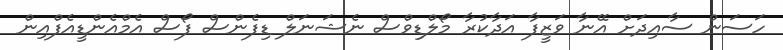
ހަސަން ސާއިދަށް އޭނާ ވަޒީފާ އަދާކުރާ މޯލްޑިވްސް ނެޝަނަލް ޑިފެންސް ފޯސް އެމްއެންޑީއެފްއިން